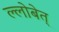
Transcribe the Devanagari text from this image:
ल्लोबेत्